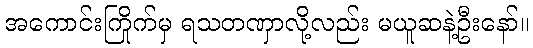
အကောင်းကြိုက်မှ ရသတဏှာလို့လည်း မယူဆနဲ့ဦးနော်။